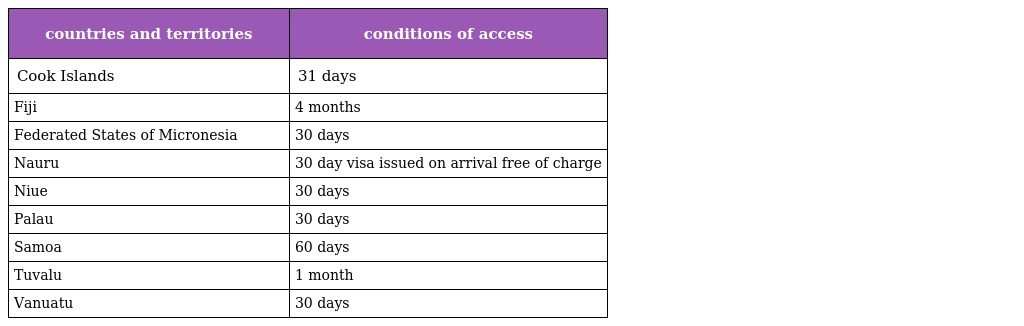
| countries and territories | conditions of access |
 | --- | --- |
 | Cook Islands | 31 days |
 | Fiji | 4 months |
 | Federated States of Micronesia | 30 days |
 | Nauru | 30 day visa issued on arrival free of charge |
 | Niue | 30 days |
 | Palau | 30 days |
 | Samoa | 60 days |
 | Tuvalu | 1 month |
 | Vanuatu | 30 days |